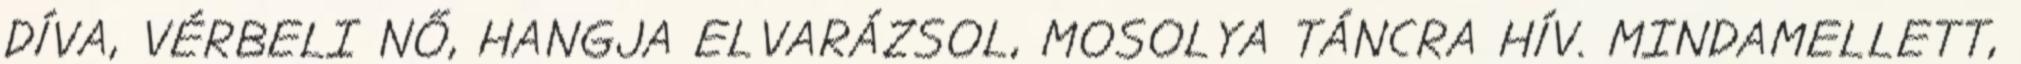
DÍVA, VÉRBELI NŐ, HANGJA ELVARÁZSOL, MOSOLYA TÁNCRA HÍV. MINDAMELLETT,